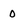
Character: 0